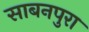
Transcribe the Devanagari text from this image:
साबनपुरा